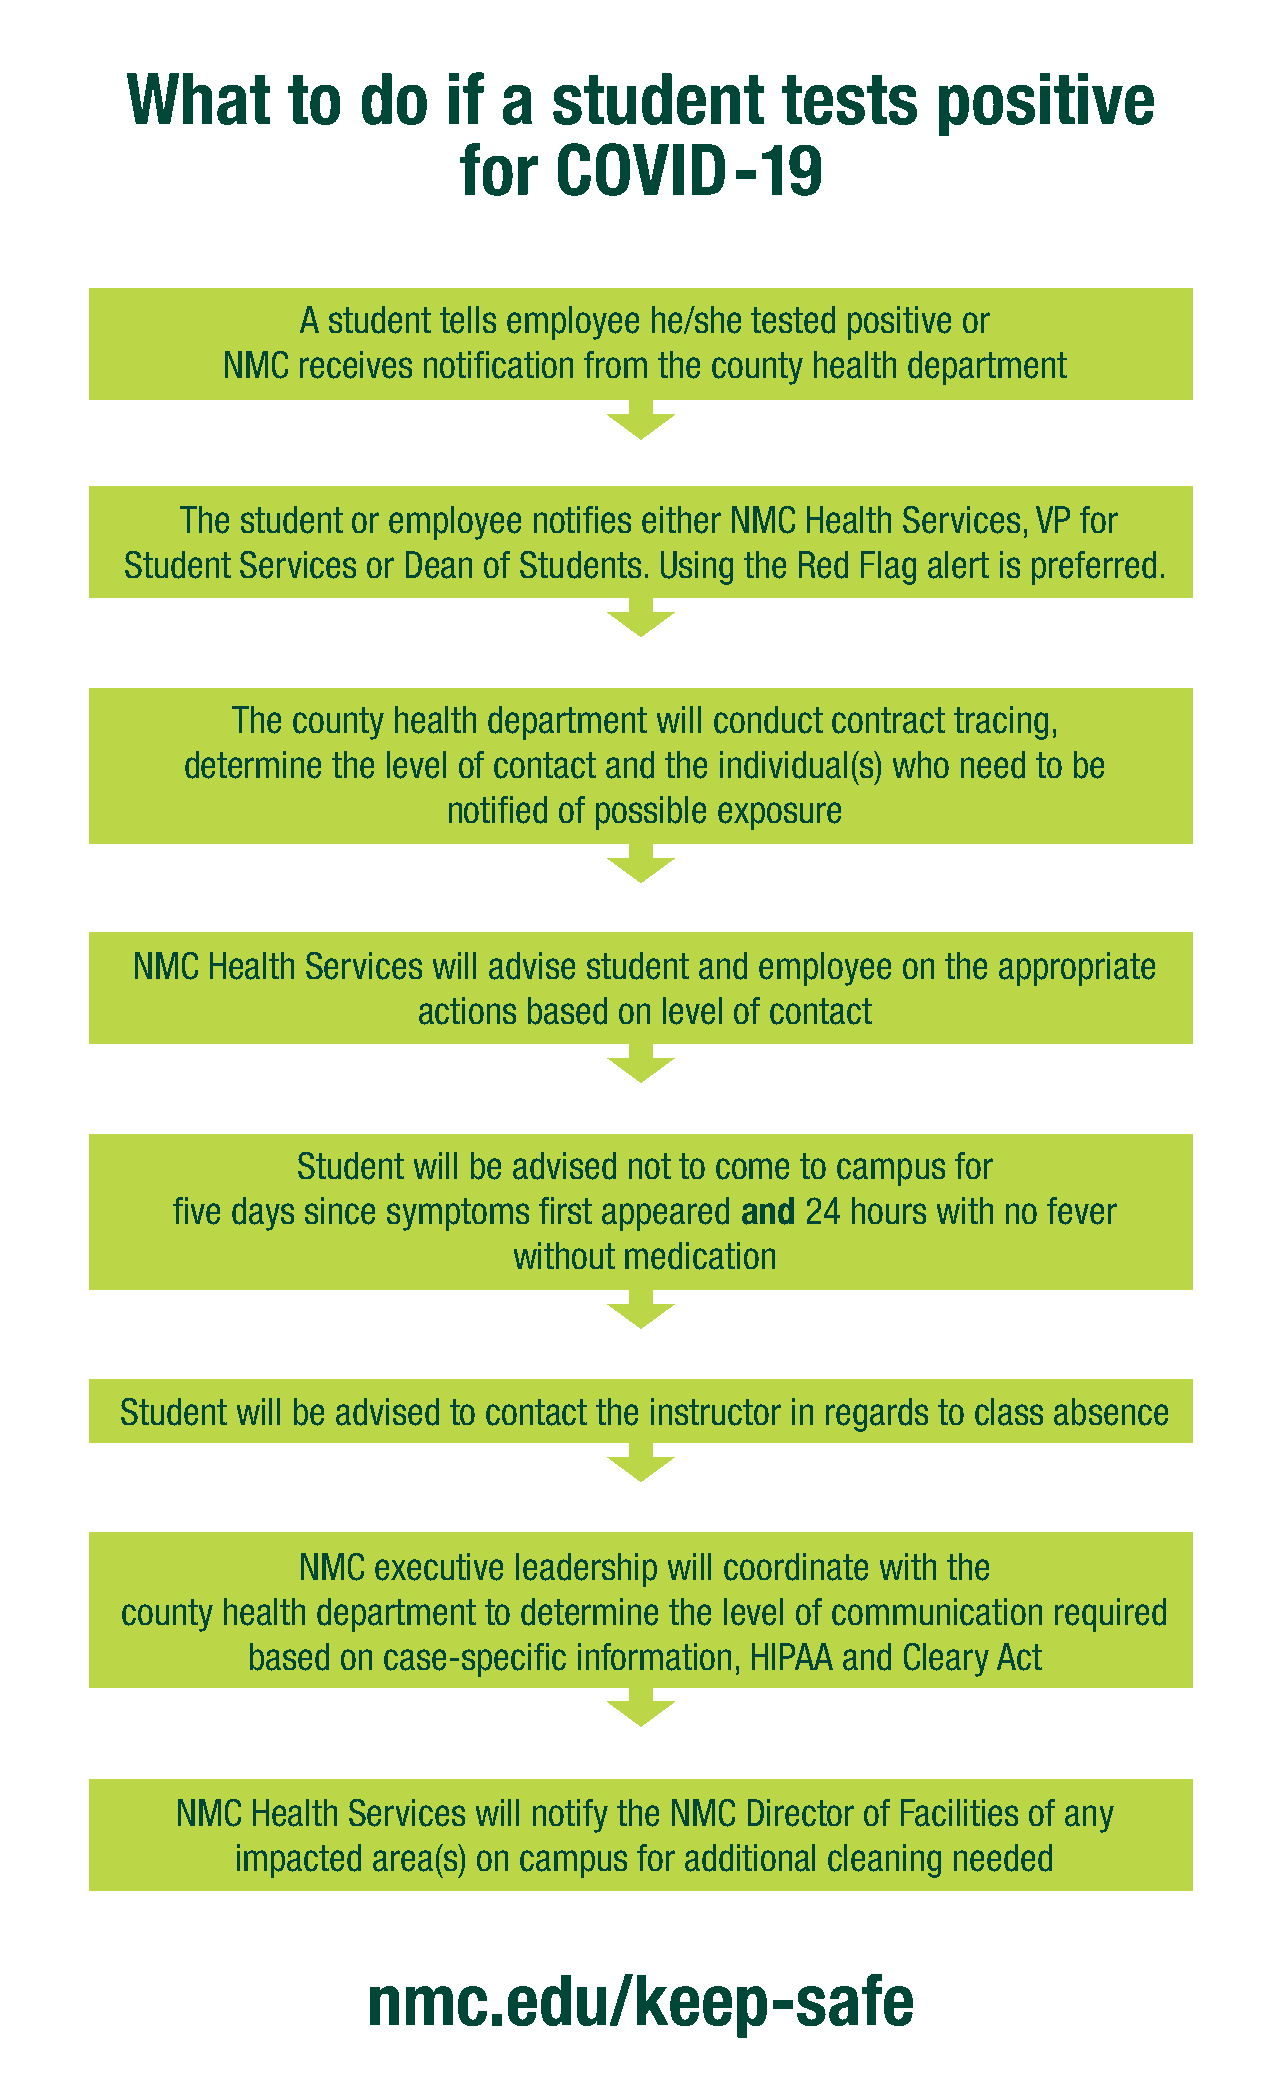
What       to   do    if a   student        tests     positive
 for    COVID-19
 A student tells employee he/she tested positive or
 NMC  receives notifcation from the county health department
 The student or employee notifes either NMC Health Services, VP for
 Student Services or Dean of Students. Using the Red Flag alert is preferred.
 The county health department will conduct contract tracing,
 determine the level of contact and the individual(s) who need to be
 notifed of possible exposure
 NMC  Health Services will advise student and employee on the appropriate
 actions based on level of contact
 Student will be advised not to come to campus for
 fve days since symptoms  frst appeared and 24 hours with no fever
 without medication
 Student will be advised to contact the instructor in regards to class absence
 NMC  executive leadership will coordinate with the
 county health department to determine the level of communication required
 based  on case-specifc information, HIPAA and Cleary Act
 NMC  Health Services will notify the NMC Director of Facilities of any
 impacted area(s) on campus for additional cleaning needed
 nmc.edu/keep-safe